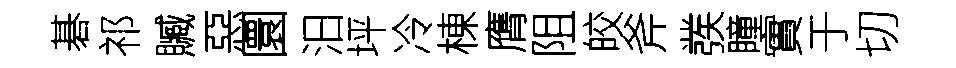
碁祁贓惡圜汨坪冷棟膺阻皎斧彂瞳實于切